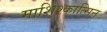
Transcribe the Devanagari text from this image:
माशिश्कात्सिन